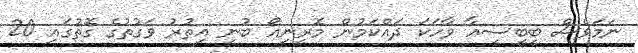
ނަމަވެސް ބީބީސީއާ ވާހަކަ ދައްކަމުން މޮރީނިއޯ ބުނީ އިތުރު ވަގުތުގެ ގޮތުގައި 20